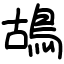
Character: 鴣